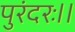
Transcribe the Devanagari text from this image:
पुरंदरः।।